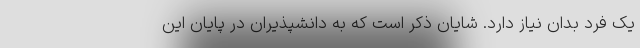
یک فرد بدان نیاز دارد. شایان ذکر است که به دانشپذیران در پایان این